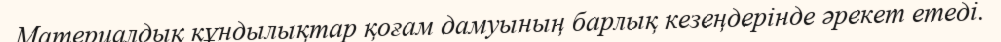
Материалдық құндылықтар қоғам дамуының барлық кезеңдерінде әрекет етеді.